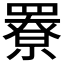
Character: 𦌒